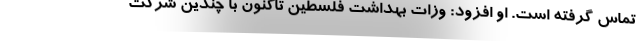
تماس گرفته است. او افزود: وزات بهداشت فلسطین تاکنون با چندین شرکت